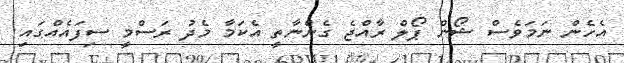
އެހެން ނަމަވެސް ޝޯން ޕޯލް ރާއްޖެ ގެންނާތީ އެކަމާ މެދު ރަސްމީ ސިފައެއްގައި